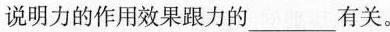
说明力的作用效果跟力的___有关。